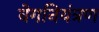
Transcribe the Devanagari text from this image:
वेगनियंत्रण